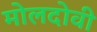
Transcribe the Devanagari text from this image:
मोलदोवी